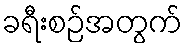
ခရီးစဉ်အတွက်